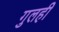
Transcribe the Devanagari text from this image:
गुलही